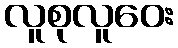
လူစုလူဝေး